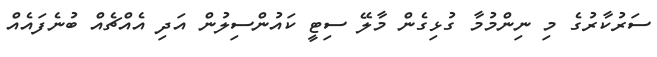
ސަރުކާރުގެ މި ނިންމުމާ ގުޅިގެން މާލޭ ސިޓީ ކައުންސިލުން އަދި އެއްޗެއް ބުނެފައެއް